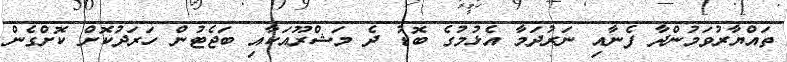
ތައްޔާރުވަމުންދާ ފެނާއި ނަރުދަމާ އެޅުމުގެ ބޮޑު ދެ މަޝްރޫއަކާއި ބަޖެޓުން ހަރަދުކޮށް ކޮށްގެން